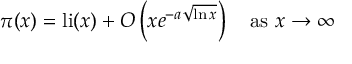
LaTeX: \pi ( x ) = \operatorname { l i } ( x ) + O \left( x e ^ { - a { \sqrt { \ln x } } } \right) \quad { \mathrm { a s ~ } } x \to \infty